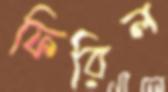
ফিরিল